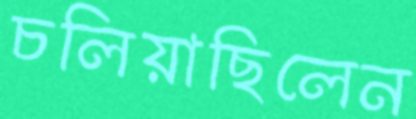
চলিয়াছিলেন